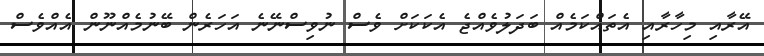
އޭރާއި މިހާރާއި އެތައްކަމެއް ބަދަލުވެއްޖެ އެކަކަށް ވެސް ނުވިސްނޭނެ އަހަރެން ބޭނުމެއްނޫން އެއްވެސް